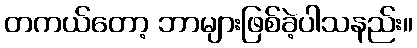
တကယ်တော့ ဘာများဖြစ်ခဲ့ပါသနည်း။